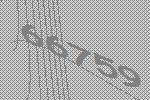
66759